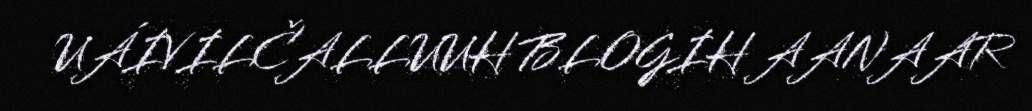
UÁIVILČALLUUH BLOGIH AANAAR